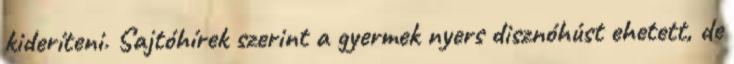
kideríteni. Sajtóhírek szerint a gyermek nyers disznóhúst ehetett, de